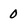
Character: 0